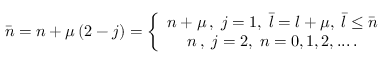
\bar { n } = n + \mu \left( 2 - j \right) = \left\{ \begin{array} { c } { { n + \mu \, , \; j = 1 , \; \bar { l } = l + \mu , \; \bar { l } \leq \bar { n } } } \\ { { n \, , \; j = 2 , \; n = 0 , 1 , 2 , . . . \, . } } \end{array} \right.